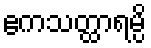
ဧကသတ္ထာရမ္ပိ